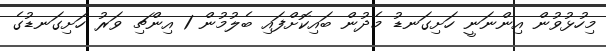
މިހުޅުވުން އިންނަނީ ހަށިގަނޑު މެދުން ބައިކޮށްފައި ބެލުމުން 1 އިންޗި ވަރު ހަށިގަނޑުގެ